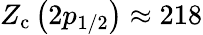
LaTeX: Z_{\mathrm{c}}\left(2p_{1/2}\right)\approx 218